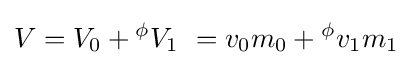
V=V_{0}+{}^{\phi }{V}_{1}\ =v_{0}m_{0}+{}^{\phi }{v}_{1}m_{1}